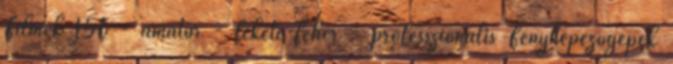
Filmek 156 - amatőr - fekete-fehér - professzionális Fényképezőgépek